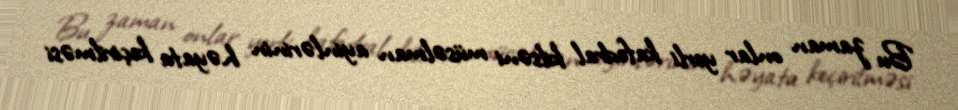
Bu zaman onlar yerli kafedral kilsəni müsəlman ayinlərinin həyata keçirilməsi